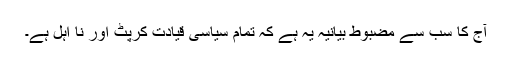
آج کا سب سے مضبوط بیانیہ یہ ہے کہ تمام سیاسی قیادت کرپٹ اور نا اہل ہے۔